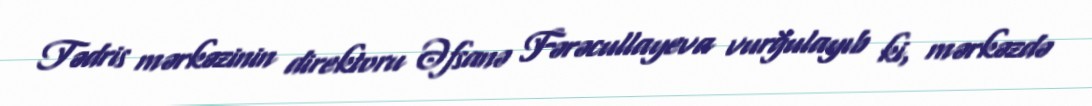
Tədris mərkəzinin direktoru Əfsanə Fərəcullayeva vurğulayıb ki, mərkəzdə